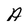
Character: A